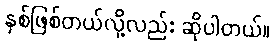
နှစ်ဖြစ်တယ်လို့လည်း ဆိုပါတယ်။